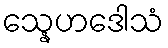
သ္နေဟဒေါသံ